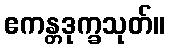
ဧကန္တဒုက္ခသုတ်။